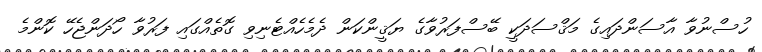
ހުސްނުވާ އާސަންދައިގެ މަޤްސަދަކީ ބޭސްފަރުވާގެ ޔަޤީންކަން ދެމެހެއްޓެނިވި ގޮތެއްގައި ފަރުވާ ހޯދަންޖެހޭ ކޮންމެ